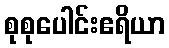
စုစုပေါင်းဧရိယာ